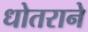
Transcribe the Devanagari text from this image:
धोतराने